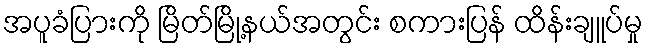
အပူခံပြားကို မြိတ်မြို့နယ်အတွင်း စကားပြန် ထိန်းချူပ်မှု